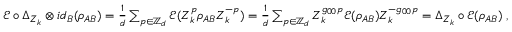
\begin{array} { r } { \mathcal { E } \circ \Delta _ { Z _ { k } } \otimes i d _ { B } ( \rho _ { A B } ) = \frac 1 d \sum _ { p \in \mathbb { Z } _ { d } } \mathcal { E } ( Z _ { k } ^ { p } \rho _ { A B } Z _ { k } ^ { - p } ) = \frac 1 d \sum _ { p \in \mathbb { Z } _ { d } } Z _ { k } ^ { g _ { 0 0 } p } \mathcal { E } ( \rho _ { A B } ) Z _ { k } ^ { - g _ { 0 0 } p } = \Delta _ { Z _ { k } } \circ \mathcal E ( \rho _ { A B } ) \; , } \end{array}